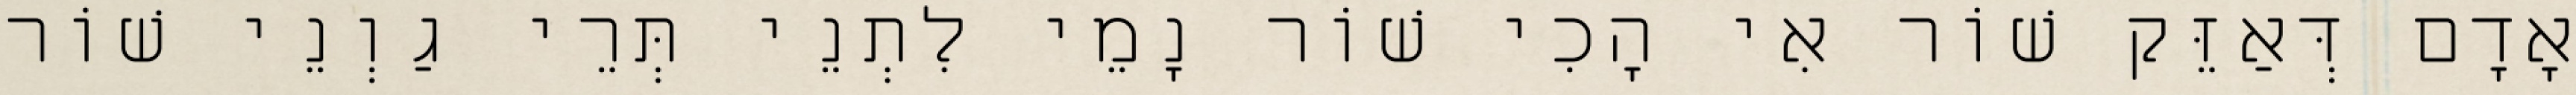
אָדָם דְּאַזֵּק שׁוֹר אִי הָכִי שׁוֹר נָמֵי לִתְנֵי תְּרֵי גַוְנֵי שׁוֹר